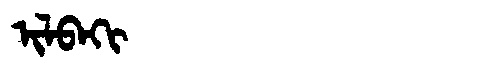
Manchu: ᡳᠯᠪᠠᡴᡳ
Romanization: ILBAKI